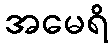
အမေရိ